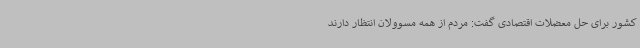
کشور برای حل معضلات اقتصادی گفت: مردم از همه مسوولان انتظار دارند